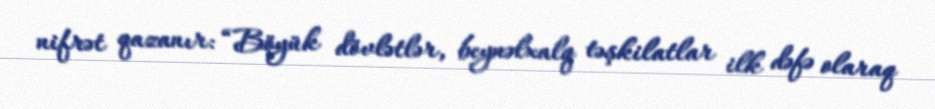
nifrət qazanır: “Böyük dövlətlər, beynəlxalq təşkilatlar ilk dəfə olaraq